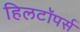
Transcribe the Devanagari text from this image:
हिलटॉपर्स